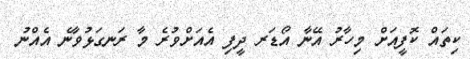
ކިތައް ކޮފީއަށް މިހާރު އޭނާ އޯޑަރ ދީފި އެއަށްވުރެ މާ ރަނގަޅުވާނެ އެއްނު